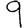
Digit: 9